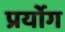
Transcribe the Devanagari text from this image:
प्रर्योग